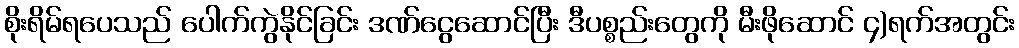
စိုးရိမ်ရပေသည် ပေါက်ကွဲနိုင်ခြင်း ဒဏ်ငွေဆောင်ပြီး ဒီပစ္စည်းတွေကို မီးဖိုဆောင် ၄)ရက်အတွင်း